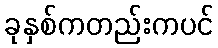
ခုနှစ်ကတည်းကပင်